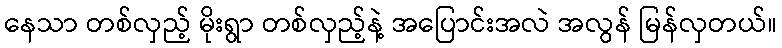
နေသာ တစ်လှည့် မိုးရွာ တစ်လှည့်နဲ့ အပြောင်းအလဲ အလွန် မြန်လှတယ်။